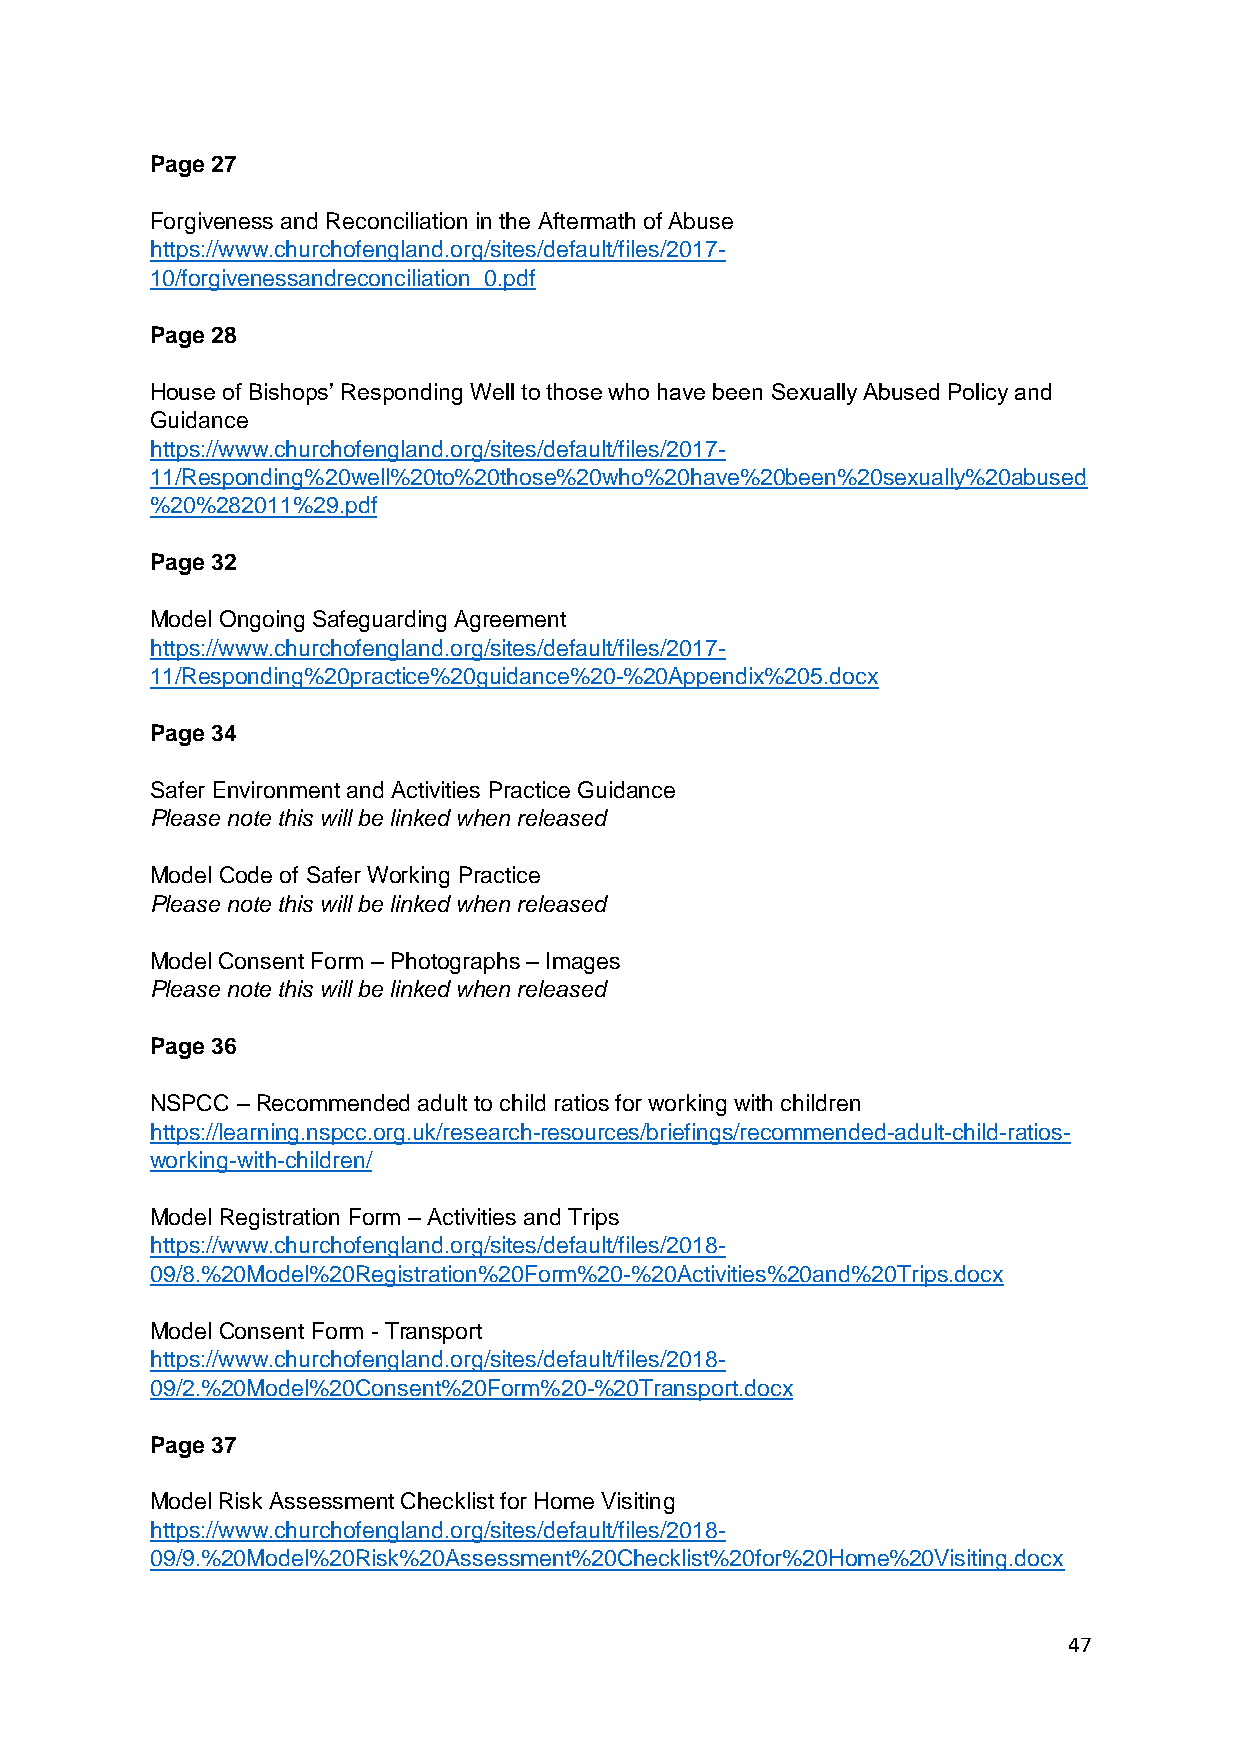
Page 27
 Forgiveness and Reconciliation in the Aftermath of Abuse
 https://www.churchofengland.org/sites/default/files/2017-
 10/forgivenessandreconciliation_0.pdf
 Page 28
 House of Bishops’ Responding Well to those who have been Sexually Abused Policy and
 Guidance
 https://www.churchofengland.org/sites/default/files/2017-
 11/Responding%20well%20to%20those%20who%20have%20been%20sexually%20abused
 %20%282011%29.pdf
 Page 32
 Model Ongoing Safeguarding Agreement
 https://www.churchofengland.org/sites/default/files/2017-
 11/Responding%20practice%20guidance%20-%20Appendix%205.docx
 Page 34
 Safer Environment and Activities Practice Guidance
 Please note this will be linked when released
 Model Code of Safer Working Practice
 Please note this will be linked when released
 Model Consent Form – Photographs – Images
 Please note this will be linked when released
 Page 36
 NSPCC – Recommended adult to child ratios for working with children
 https://learning.nspcc.org.uk/research-resources/briefings/recommended-adult-child-ratios-
 working-with-children/
 Model Registration Form – Activities and Trips
 https://www.churchofengland.org/sites/default/files/2018-
 09/8.%20Model%20Registration%20Form%20-%20Activities%20and%20Trips.docx
 Model Consent Form - Transport
 https://www.churchofengland.org/sites/default/files/2018-
 09/2.%20Model%20Consent%20Form%20-%20Transport.docx
 Page 37
 Model Risk Assessment Checklist for Home Visiting
 https://www.churchofengland.org/sites/default/files/2018-
 09/9.%20Model%20Risk%20Assessment%20Checklist%20for%20Home%20Visiting.docx
 47